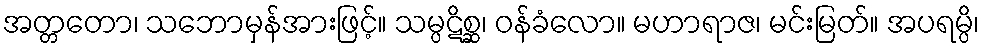
အတ္တတော၊ သဘောမှန်အားဖြင့်။ သမ္ပဋိစ္ဆ၊ ဝန်ခံလော။ မဟာရာဇ၊ မင်းမြတ်။ အပရမ္ပိ၊